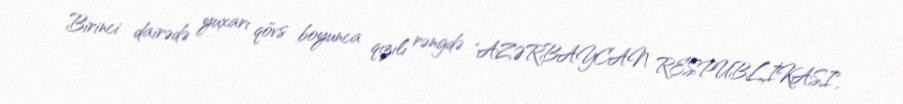
Birinci dairədə yuxarı qövs boyunca qızılı rəngdə "AZƏRBAYCAN RESPUBLİKASI",